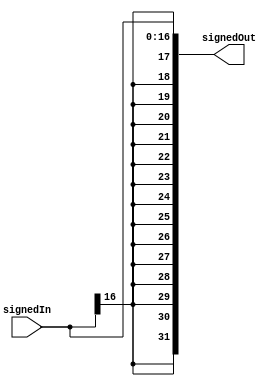
module signx(signedIn, signedOut);

	input[16:0] signedIn;
	output[31:0] signedOut;
	
	assign signedOut[16:0] = signedIn;
	
	genvar c;
	generate
		for(c=17; c<32; c = c + 1) begin: andLoop
			and	assignAnd(signedOut[c], signedIn[16], signedIn[16]);
		end
	endgenerate

endmodule